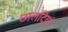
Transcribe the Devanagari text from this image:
छालटियां